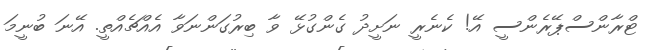
ޓްރާންސްޕޭރެންސީ އޭ! ކެނެރީ ނަށީދު ގެންގުޅޭ ވާ ބިރުގަންނަވާ އެއްޗެއްތީ. އޭނަ ބުނީމަ